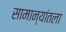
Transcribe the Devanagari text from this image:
सामान्यांतला